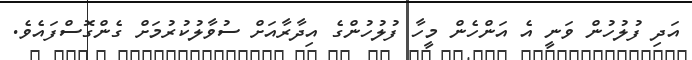
އަދި ފުލުހުން ވަނީ އެ އަންހެން މީހާ ފުލުހުންގެ އިދާރާއަށް ސުވާލުކުރުމަށް ގެންގޮސްފައެވެ.